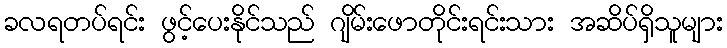
ခလရတပ်ရင်း ဖွင့်ပေးနိုင်သည် ဂျိမ်းဖောတိုင်းရင်းသား အဆိပ်ရှိသူများ